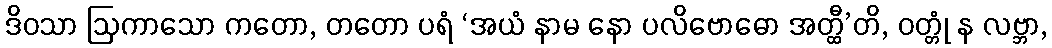
ဒိဝသာ ဩကာသော ကတော, တတော ပရံ ‘အယံ နာမ နော ပလိဗောဓော အတ္ထီ’တိ, ဝတ္တုံ န လဗ္ဘာ,